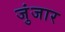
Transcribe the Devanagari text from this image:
जुंजार